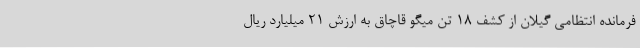
فرمانده انتظامی گیلان از کشف ۱۸ تن میگو قاچاق به ارزش ۲۱ میلیارد ریال